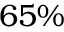
6 5 \%